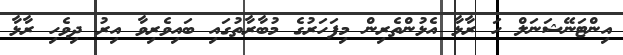
އިންޓަނޭޝަނަލް ހަ ރާޅާ އެޅުންތެރިން މިފަހަރުގެ މުބާރާތުގައި ބައިވެރިވާ އިރު ދިވެހި ރާޅާ